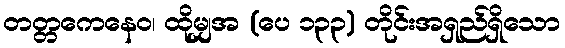
တတ္တကေနေဝ၊ ထိုမျှအ (ပေ ၁၃၃) တိုင်းအရှည်ရှိသော